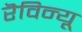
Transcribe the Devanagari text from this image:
रॆविन्यू